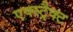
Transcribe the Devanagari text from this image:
एक्स्ट्रैक्ट